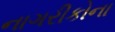
નાગરીકોના